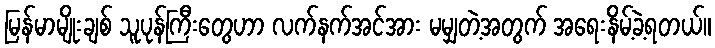
မြန်မာမျိုးချစ် သူပုန်ကြီးတွေဟာ လက်နက်အင်အား မမျှတဲ့အတွက် အရေးနိမ့်ခဲ့ရတယ်။